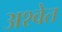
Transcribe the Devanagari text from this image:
अश्‍वेत